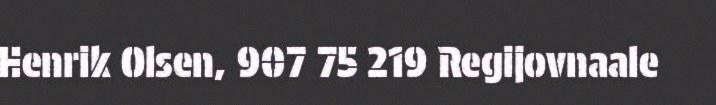
Henrik Olsen, 907 75 219 Regijovnaale